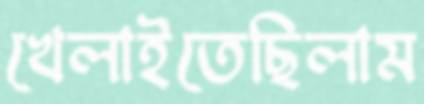
খেলাইতেছিলাম